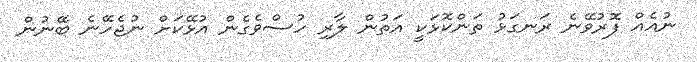
ނުއެއް ފޮރުވޭނެ ރަނގަޅު ތަންކޮޅަކީ އަތުން ލާރި ހުސްވެގެން އުޅޭކަށް ނުޖެހޭނެ ބޭނުން